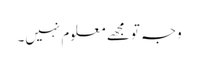
وجہ تو مجھے معلوم نہیں۔